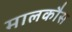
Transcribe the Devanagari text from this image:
मालकौस